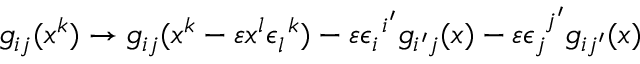
g _ { i j } ( x ^ { k } ) \rightarrow g _ { i j } ( x ^ { k } - \varepsilon x ^ { l } \epsilon _ { l } ^ { ~ k } ) - \varepsilon \epsilon _ { i } ^ { ~ i ^ { \prime } } g _ { i ^ { \prime } j } ( x ) - \varepsilon \epsilon _ { j } ^ { ~ j ^ { \prime } } g _ { i j ^ { \prime } } ( x )